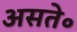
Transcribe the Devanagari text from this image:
असते॰